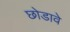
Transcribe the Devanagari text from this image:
छोडावे